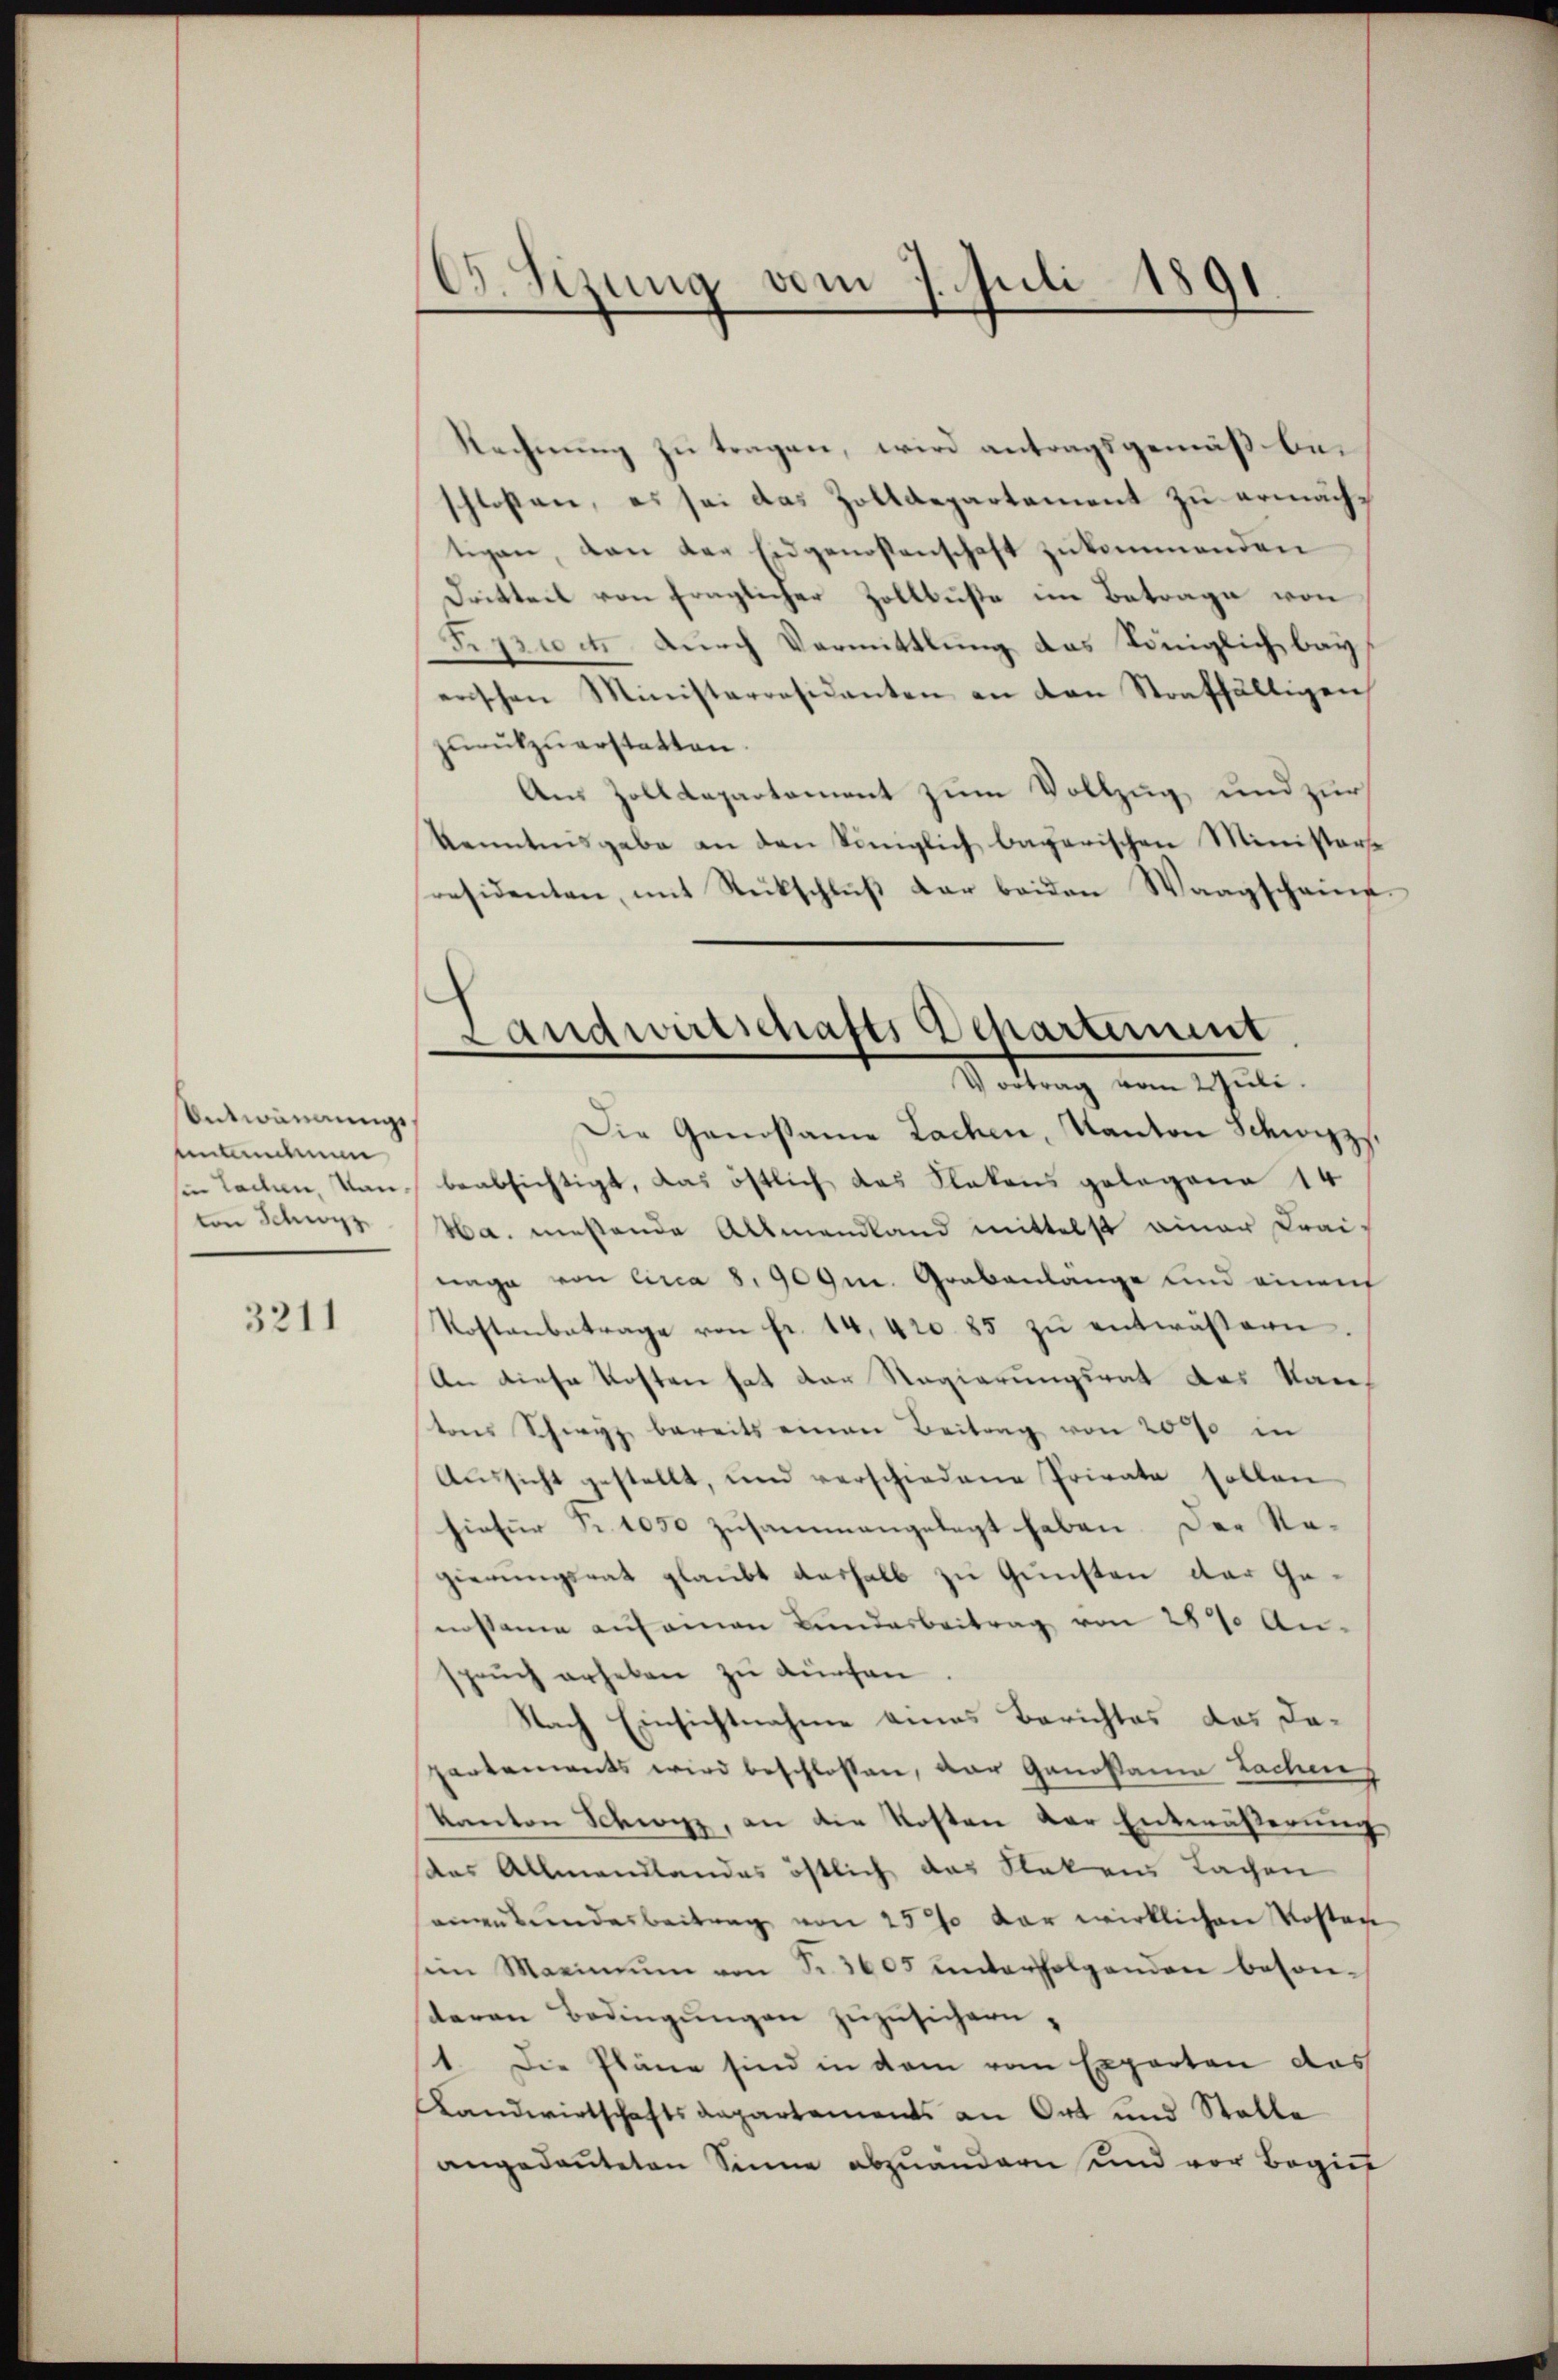
Entwendungsuntanten
sie Laden, Van
ton Schwyz

3211

C. Sizung vom 7. Juli 1891
2

Landwirtschafts Departement
Vortrag vom Juli.

Rechnung zu tragen, wird antragsgemäß bei
schlossen, es sei das Zolldepartement zu ermächtigen, dan der Eidgenossenschaft zukommenden
Dritteil von fraglicher Zollbüste im Betrage von
F. 730 et durch Vormittlung das Königlich bey
erischen Ministerresidenten an den Straffälligen
zurückzuerstatten.
An Zolldepartement zum Vollzug und zur
Kenntnisgabe an den Königlich bayerischen Ministersresidenten, mit Rückschluß der beiden Waagschaine¬
Die Gansame Lachen, Kanton Schwyz,
beabsichtigt, das östlich das Flakons gelegene 14
Ha. müßende Allmendland mittelst einer Crai-
nage von Circa 8. 909. Grabenlange und einen
Kostenbetrage von fr. 14, 420. 85 zŭ entwässern.
An diese Kosten hat der Regierungsrat des Kantons Schwyz bereits einen Beitrag von 20 % in
Aŭssicht gestellt, und verschiedene Private sollen
hiefür Fr. 1050 zusammengelegt haben. Der Re-
gierungsrat glaubt deshalb zu Gunsten der Geensame auf einen Bundesbeitrag von 28% An-
spruch erheben zu dürfen
Nach Einsichtnahme eines Berichtes das dapartements wird beschlossen, der Genosamia Lachen
Kanton Schwyz, an die Kosten der Entwäßerung,
das Allmandlandes östlich das Flaken Sachen
angebundesbeitrag von 25% der wirklichen Kosten
sein Marinium von Fr. 3605 unterfolgenden besonsteren Bedingŭngen zuzusichern,
1. Die Pläne sind in dem vom Experten das
LLandwirtschaftsdepartements an Ort und Stalle
angedeuteten Sinne abzuändern und vor Begi